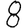
Digit: 8